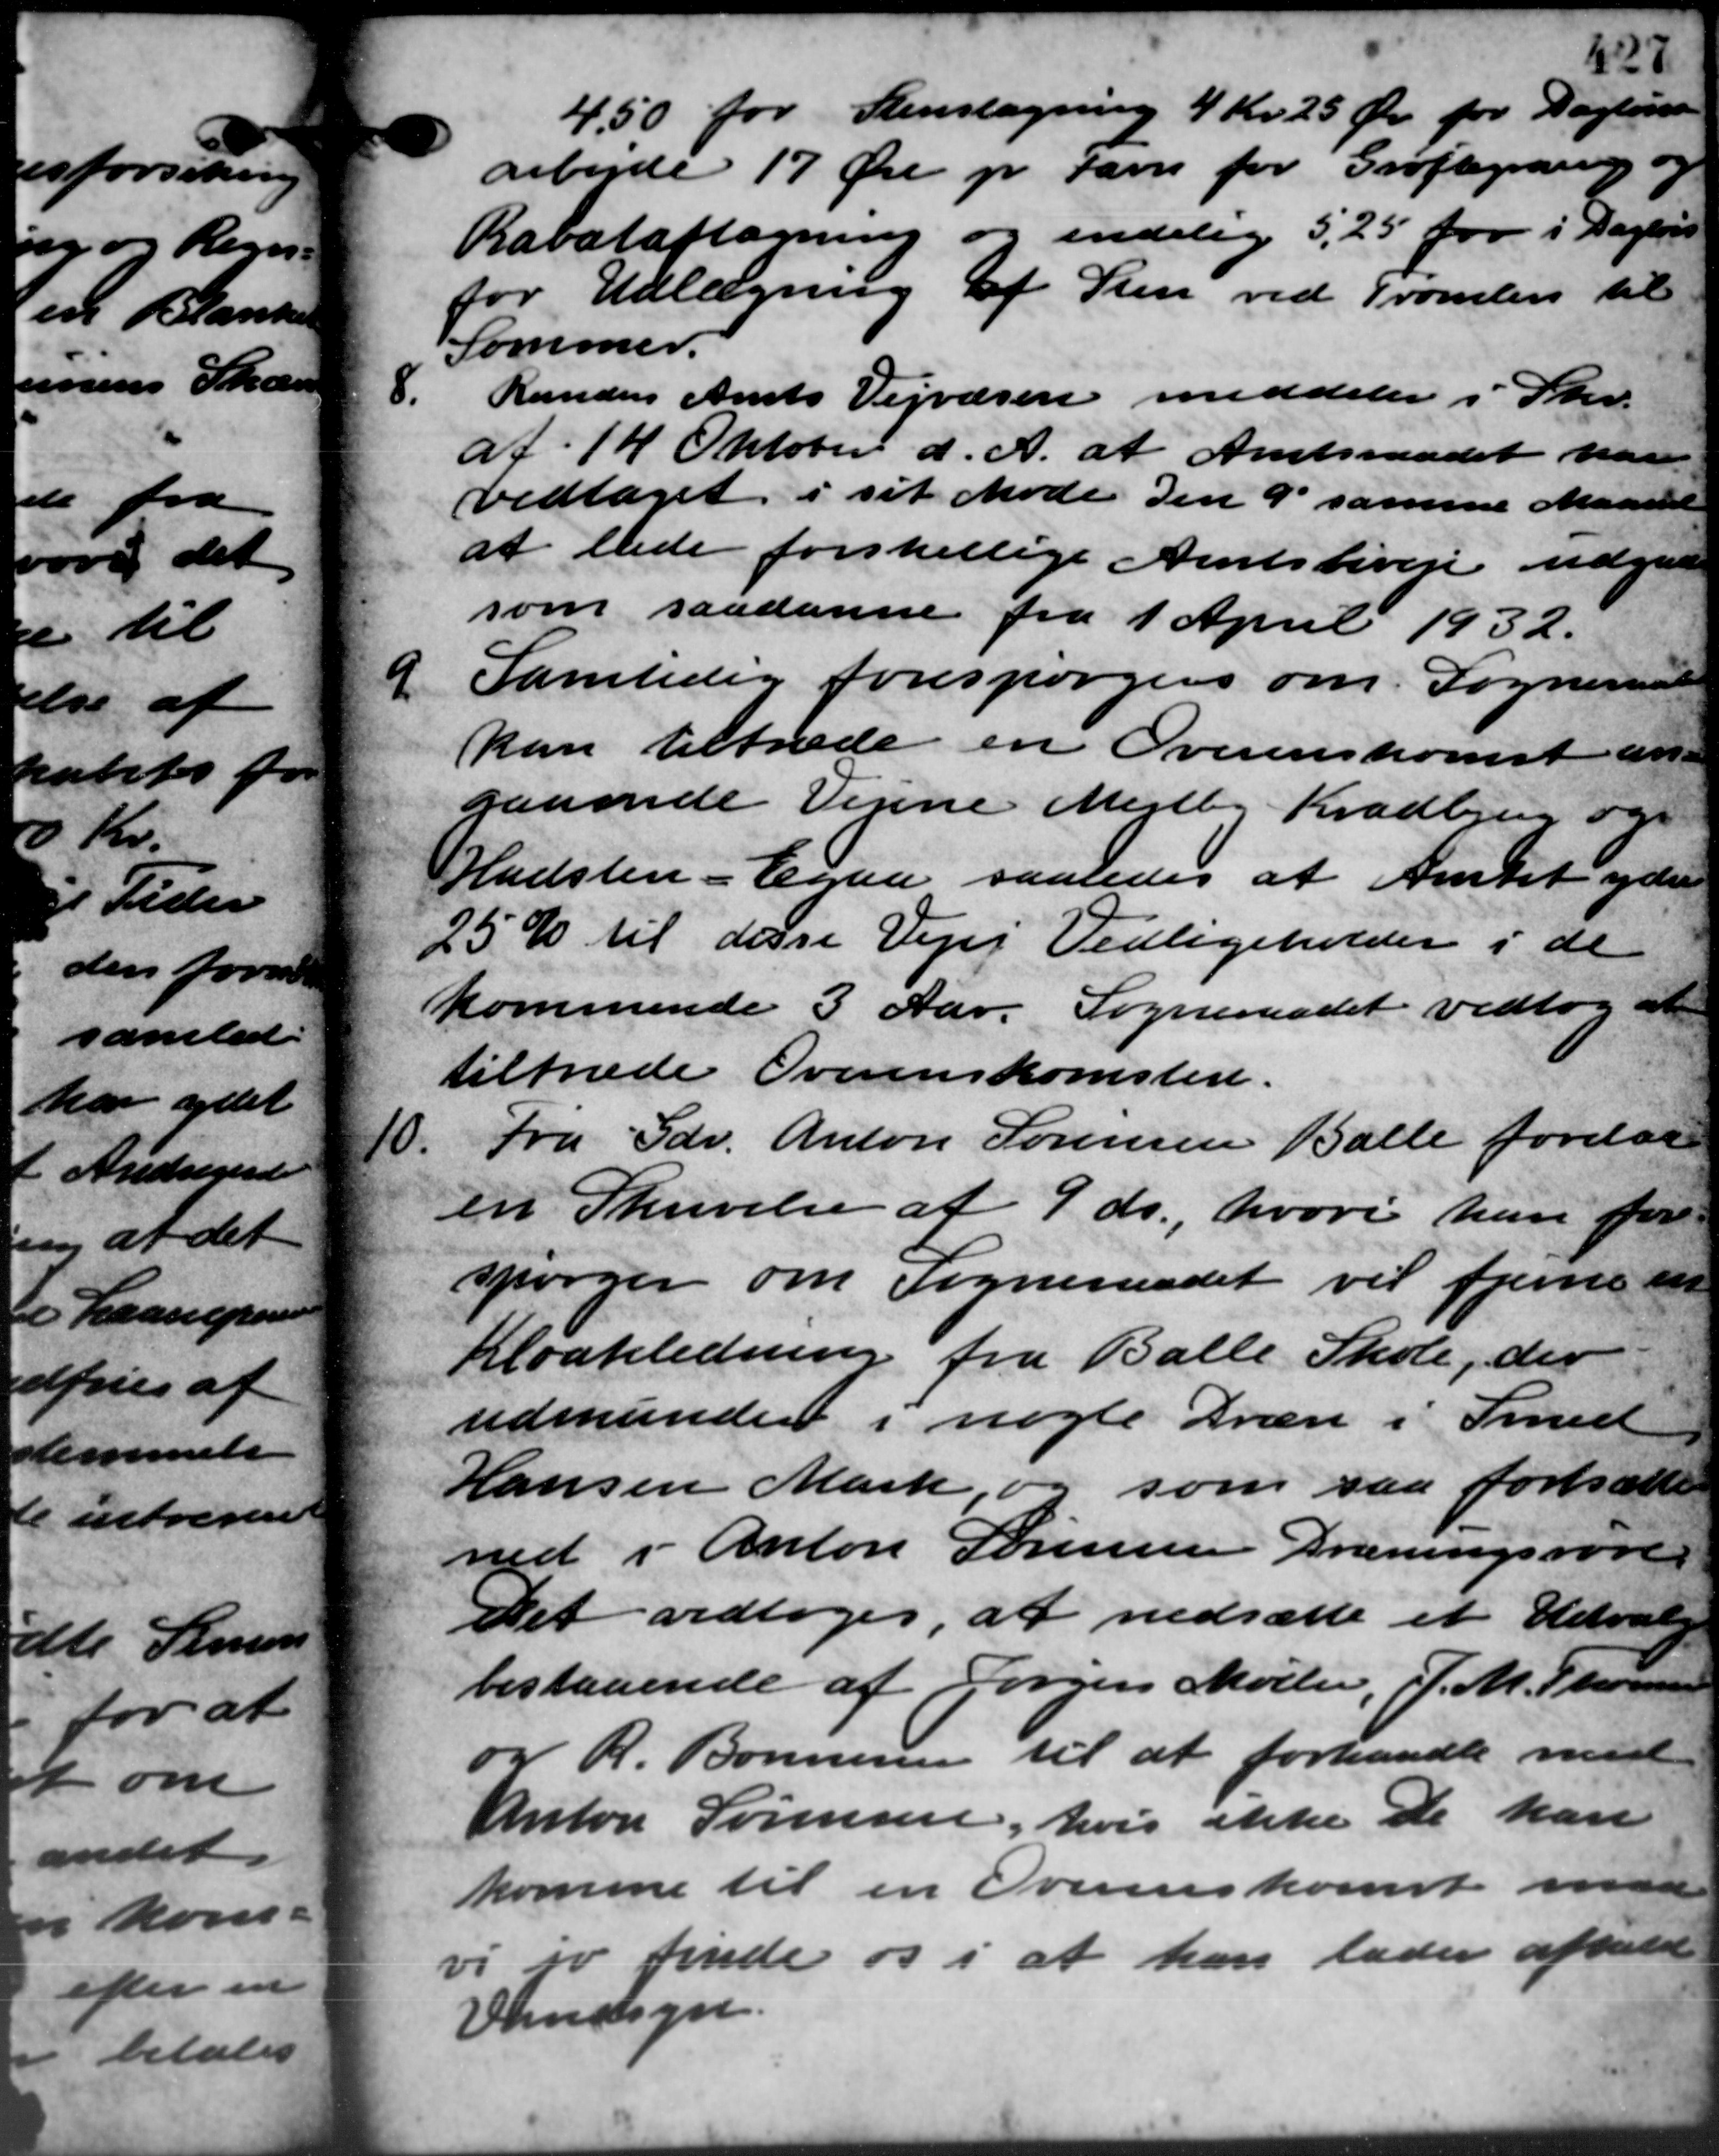
Transskription:
4,50 for Stenslagning 4 Kr. 25 Øre for Daglønn
arbejde 17 Øre pr. Favn for Grøftegrarig og
Rabataftagning og endelig 5,25 for i Dagens
for Udlægning af Sten ved Tromlen til
Sommer.
8.
Randers Amts Vejvæsen meddeler i Skr.
af 14 Oktober d. A. at Amtsraadet paa
vedtaget i sit Møde den 9 samme Maaned
at lade forskellige Amtsbiveje udgave
som saadanne fra 1 April 1932.
9.
Samtidig forespørgers om Sogneraadet
kan tiltræde en Overenskomst an-
gaaende Vejene Mejlby Kradbjerg og
Hadsten - Egaa saaledes at Amtet yder
25 % til disse Vejer Vedligeholder i de
kommende 3 Aar. Sogneraadet vedtog at
tiltræde Overenskomsten.
10.
Fra Gdr. Anton Sørensen Balle forelaa
en Skrivelse af 9 ds., hvori han for
spørger om Sogneraadet vil fjerne en
Kloakledning fra Balle Skole, der
udmunder i nogle Dræn i Smed
Hansen Mark, og som saa fortsætte
ned i Anton Sørensen Dræningsrøre
Det vedtoges, at nedsætte et Udvalg
bestaaende af Jørgen Møller, J. M. Stensen
og R. Bonnesen til at forhandle med
Anton Sørensen, hvis ikke De kan
komme til en Overenskomst man
vi er finde os i at han lader afhold
Vandsyn